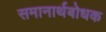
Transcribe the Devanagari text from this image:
समानार्थबोधक